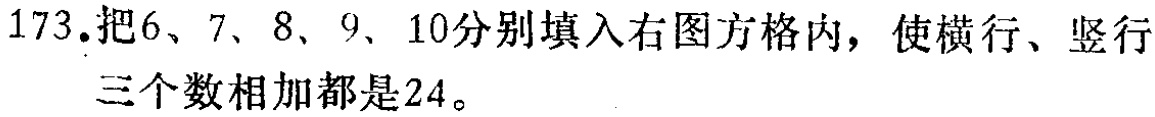
173.把6、7、8、9、10分别填入右图方格内，使横行、竖行三个数相加都是24。